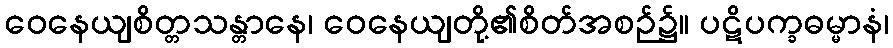
ဝေနေယျစိတ္တသန္တာနေ၊ ဝေနေယျတို့၏စိတ်အစဉ်၌။ ပဋိပက္ခဓမ္မာနံ၊